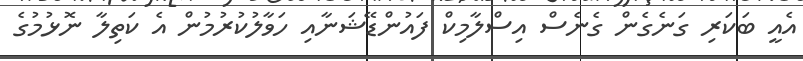
އެއީ ބަކަރި ގަނެގެން ގެނެސް އިސްލާމިކް ފައުންޑޭޝަނާއި ހަވާލުކުރުމުން އެ ކަތިލާ ނޮޅުމުގެ